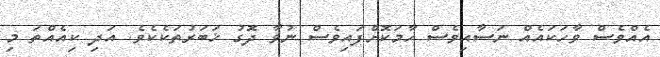
އެއްވެސް ވާހަކައެއް ނަސާއިވެސް ހާމަކޮށްފައިވެސް ނުވާ ދޮގު ޚަބަރުތަކެކެވެ. އަދި ކިއެއްތަ މި